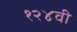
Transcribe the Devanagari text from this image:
१२४वी